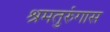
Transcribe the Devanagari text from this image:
श्रमतुरुंगास